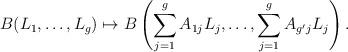
LaTeX: \begin{align*}B(L_1,\dots,L_g) & \mapsto B\left(\sum_{j=1}^g A_{1j}L_j,\dots, \sum_{j=1}^g A_{g'j} L_j\right).\end{align*}